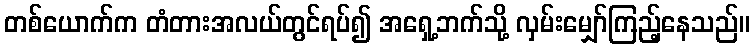
တစ်ယောက်က တံတားအလယ်တွင်ရပ်၍ အရှေ့ဘက်သို့ လှမ်းမျှော်ကြည့်နေသည်။